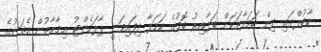
ކާބުލްގައި ދިން ހަމަލާތަކަށް ބަލާއިރު ބޮމުގެ ހަމަލާ ދިފައިވަނީ ޕާލަމެންޓު އިމާރާތުން އެތަނުގެ